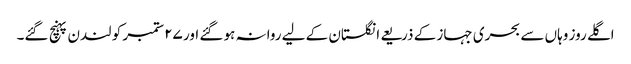
اگلے روز وہاں سے بحری جہاز کے ذریعے انگلستان کے لیے روانہ ہو گئے اور ٢۷ ستمبر کو لندن پہنچ گئے۔